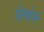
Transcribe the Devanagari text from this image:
डेलोर्न